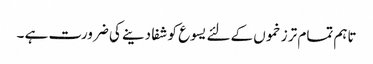
تاہم تمام تر زخموں کےلئے یسوع کو شفا دینے کی ضرورت ہے ۔